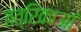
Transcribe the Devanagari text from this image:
तंत्रिकाआं